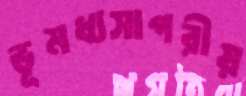
ভূমধ্যসাগরীয়